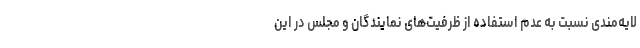
لایه‌مندی نسبت به عدم استفاده از ظرفیت‌های نمایندگان و مجلس در این